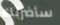
سأضربك